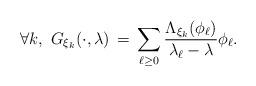
LaTeX: \begin{align*}\forall k, ~ G_{\xi_k}(\cdot,\lambda) \,=\, \sum_{\ell \geq 0}\frac{\Lambda_{\xi_k}(\phi_\ell)}{\lambda_\ell -\lambda}\phi_\ell.\end{align*}